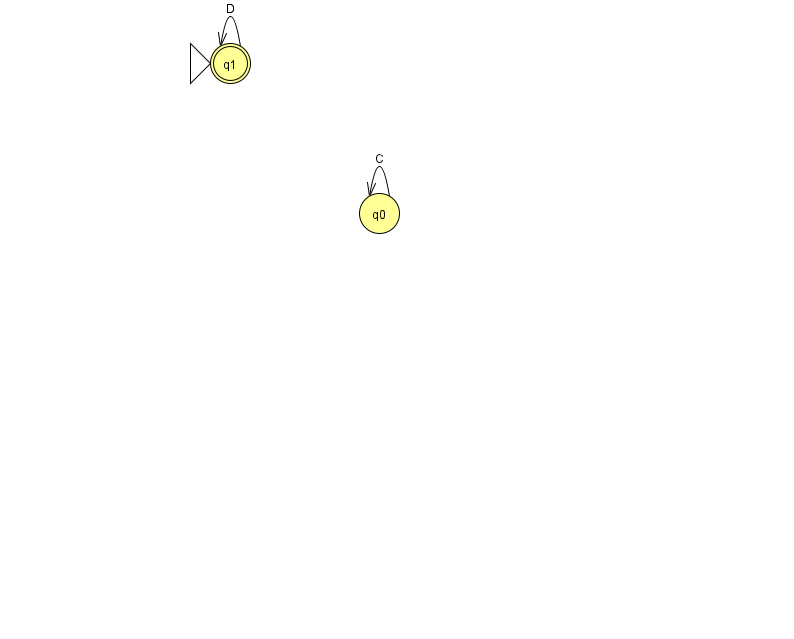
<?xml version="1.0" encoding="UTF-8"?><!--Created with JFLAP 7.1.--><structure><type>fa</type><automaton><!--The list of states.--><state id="0" name="q0"><x>379.0</x><y>200.0</y></state><state id="1" name="q1"><x>230.0</x><y>50.0</y><initial/><final/></state><!--The list of transitions.--><transition><from>0</from><to>0</to><read>C</read></transition><transition><from>1</from><to>1</to><read>D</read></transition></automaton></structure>